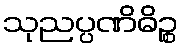
သုညပ္ပဏိဓိဉ္စ